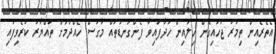
އެތެރެއިން ތިމަރަ ޖަހައިގެން ހިލައިން ހަދާފައިވާ ފެންގަނޑުތައް މާގަސް ހެއްދުމަށް ތައްޔާރު ކުރެވިފައި